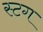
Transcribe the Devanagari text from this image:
स्टग